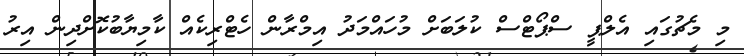
މި މެޗުގައި އެލްޕީ ސްޕޯޓްސް ކުލަބަށް މުހައްމަދު އިމްރާން ހެޓްރިކެއް ކާމިޔާބުކޮށްދިން އިރު